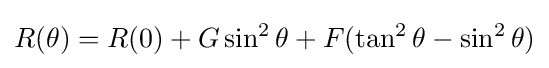
R(\theta )=R(0)+G\sin ^{2}\theta +F(\tan ^{2}\theta -\sin ^{2}\theta )